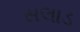
સલાડ